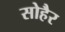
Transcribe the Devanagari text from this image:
सोहैर